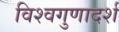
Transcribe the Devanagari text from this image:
विश्वगुणादर्श